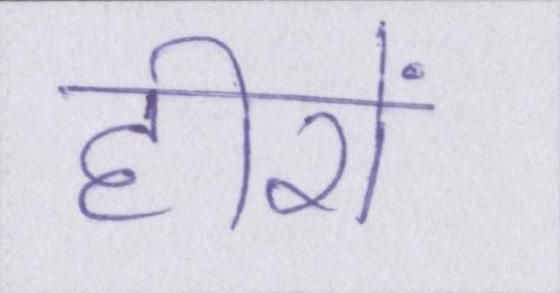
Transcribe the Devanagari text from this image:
हीरों